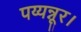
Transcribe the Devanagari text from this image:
पय्यन्नूर।